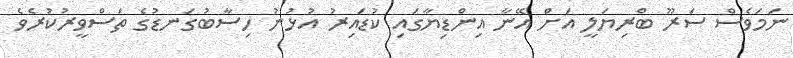
ނަމަވެސް ސަރޫ ބްރިޔަލީ އަށް އޭނާ އިންޑިޔާގައި ކުޑައިރު އުޅުނު ހިސާބުގަނޑުގެ ތަސްވީރުކުރެވެ